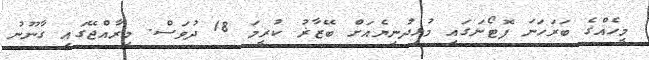
މީހެއްގެ ބަރަހަނަ ފޮޓޯނަގައި މުޅިދުނިޔެއަށް ބޭޒާޜު ކުރީމަ 18 ދުވަސް. މިރާއްޖޭގައި ގާނޫނު